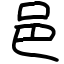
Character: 邑